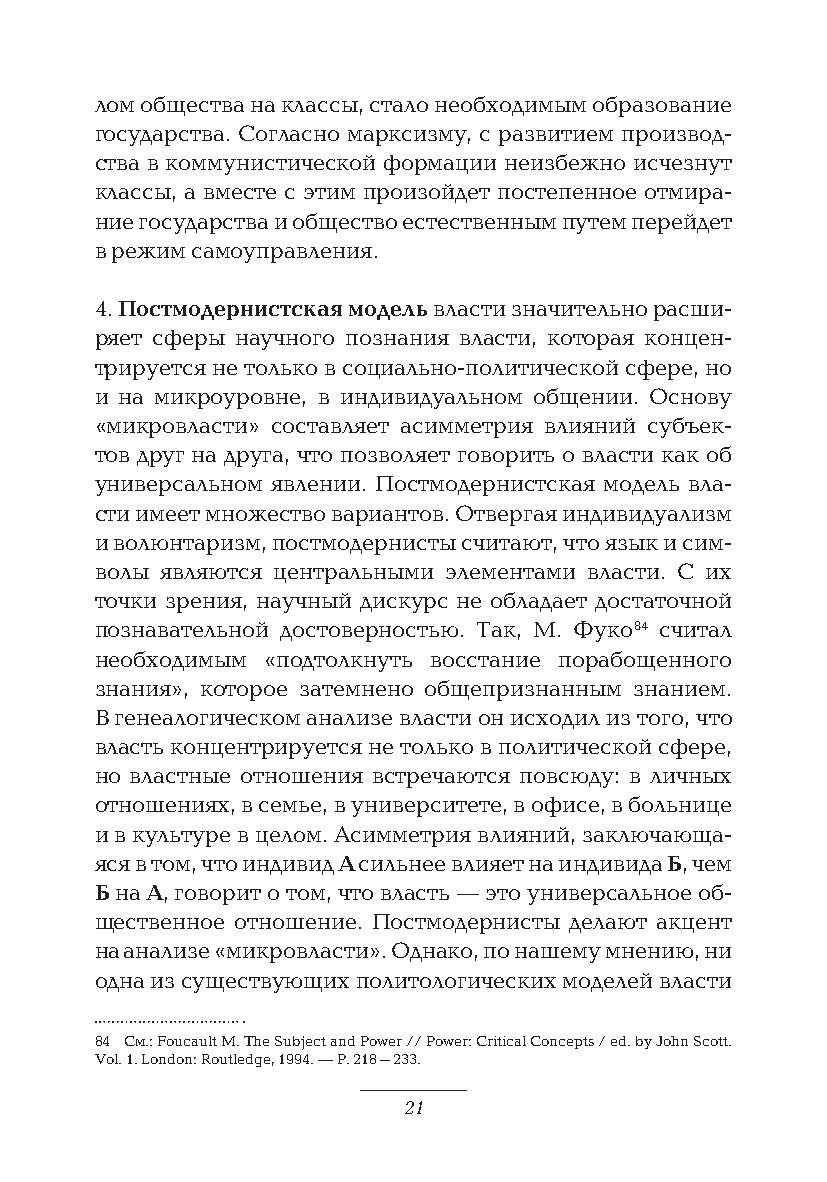
лом общества на классы, стало необходимым образование
 государства. Согласно марксизму, с развитием производ-
 ства в коммунистической формации неизбежно исчезнут
 классы, а вместе с этим произойдет постепенное отмира-
 ние государства и общество естественным путем перейдет
 в режим самоуправления.
 4. Постмодернистская модель власти значительно расши-
 ряет сферы научного познания власти, которая концен-
 трируется не только в социально-политической сфере, но
 и на микроуровне, в индивидуальном общении. Основу
 «микровласти» составляет асимметрия влияний субъек-
 тов друг на друга, что позволяет говорить о власти как об
 универсальном явлении. Постмодернистская модель вла-
 сти имеет множество вариантов. Отвергая индивидуализм
 и волюнтаризм, постмодернисты считают, что язык и сим-
 волы являются центральными элементами власти. С их
 точки зрения, научный дискурс не обладает достаточной
 познавательной достоверностью. Так, М. Фуко 84 считал
 необходимым «подтолкнуть восстание порабощенного
 знания», которое затемнено общепризнанным знанием.
 В генеалогическом анализе власти он исходил из того, что
 власть концентрируется не только в политической сфере,
 но властные отношения встречаются повсюду: в личных
 отношениях, в семье, в университете, в офисе, в больнице
 и в культуре в целом. Асимметрия влияний, заключающа-
 яся в том, что индивид А сильнее влияет на индивида Б, чем
 Б на А, говорит о том, что власть — это универсальное об-
 щественное отношение. Постмодернисты делают акцент
 на анализе «микровласти». Однако, по нашему мнению, ни
 одна из существующих политологических моделей власти
 84 См.: Foucault M. The Subject and Power // Power: Critical Concepts / еd. by John Scott.
 Vol. 1. London: Routledge, 1994. — P. 218–233.
 21